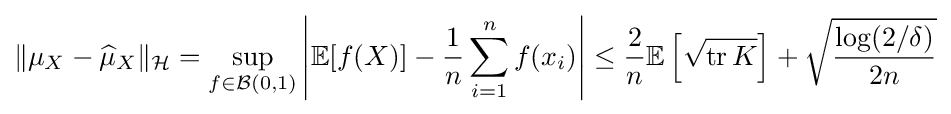
\|\mu _{X}-{\widehat {\mu }}_{X}\|_{\mathcal {H}}=\sup _{f\in {\mathcal {B}}(0,1)}\left|\mathbb {E} [f(X)]-{\frac {1}{n}}\sum _{i=1}^{n}f(x_{i})\right|\leq {\frac {2}{n}}\mathbb {E} \left[{\sqrt {\operatorname {tr} K}}\right]+{\sqrt {\frac {\log(2/\delta )}{2n}}}